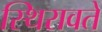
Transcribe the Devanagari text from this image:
स्थिरावते